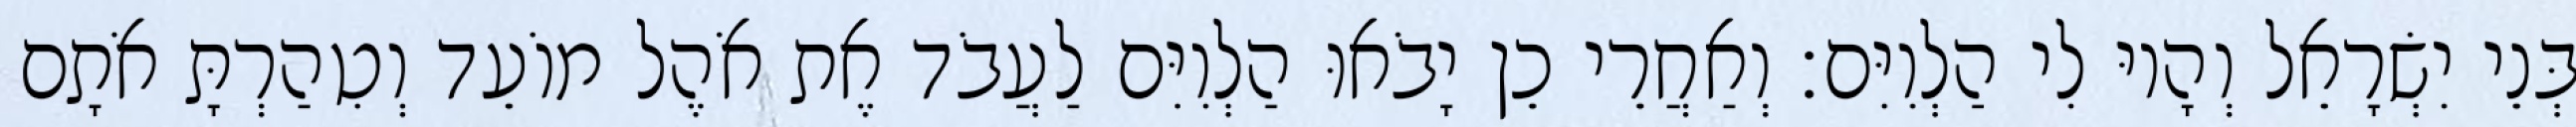
בְּנֵי יִשְׂרָאֵל וְהָיוּ לִי הַלְוִיִּם׃ וְאַחֲרֵי כֵן יָבֹאוּ הַלְוִיִּם לַעֲבֹד אֶת אֹהֶל מוֹעֵד וְטִהַרְתָּ אֹתָם